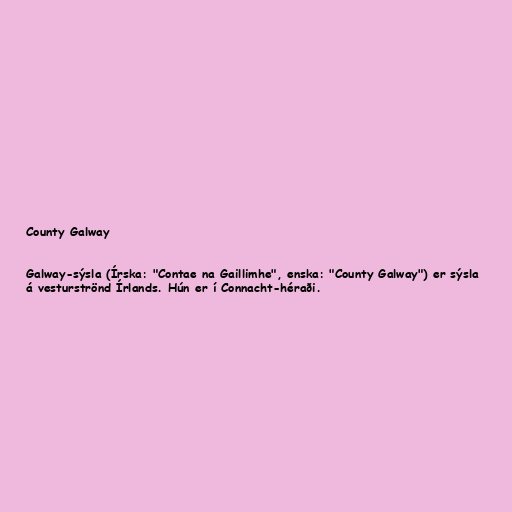
County Galway

Galway-sýsla (Írska: "Contae na Gaillimhe", enska: "County Galway") er sýsla
á vesturströnd Írlands. Hún er í Connacht-héraði.